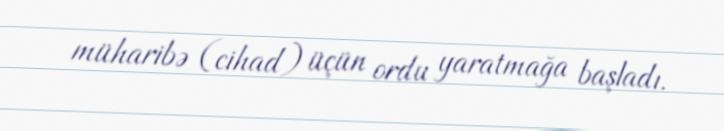
müharibə (cihad) üçün ordu yaratmağa başladı.